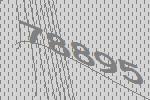
78895